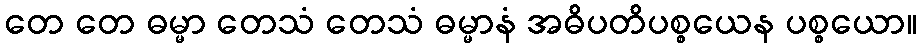
တေ တေ ဓမ္မာ တေသံ တေသံ ဓမ္မာနံ အဓိပတိပစ္စယေန ပစ္စယော။